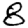
Digit: 8